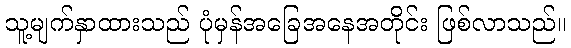
သူ့မျက်နှာထားသည် ပုံမှန်အခြေအနေအတိုင်း ဖြစ်လာသည်။